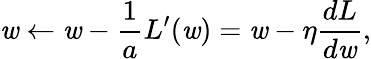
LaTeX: \mathit{w}\leftarrow\mathit{w}-\frac{{1}}{{a}}L^{\prime}(\mathit{w})=\mathit{w}-\eta\frac{{dL}}{{d\mathit{w}}},